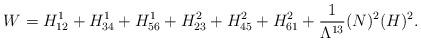
LaTeX: \begin{align*}W=H^1_{12}+H^1_{34}+H^1_{56}+H^2_{23}+H^2_{45}+H^2_{61}+\frac{1}{\Lambda^{13}} (N)^2 (H)^2.\end{align*}